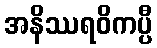
အနိဿရဝိကပ္ပီ